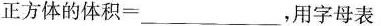
正方体的体积= ___，用字母